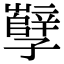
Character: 孼